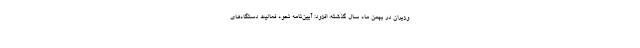
وزیران در بهمن ماه سال گذشته، افزود: آیین‌نامه نحوه فعالیت دستگاه‌های